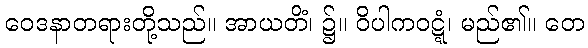
ဝေဒနာတရားတို့သည်။ အာယတိံ၊ ၌။ ဝိပါကဝဋ္ဋံ၊ မည်၏။ တေ